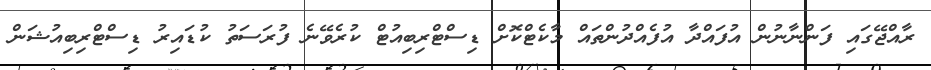
ރާއްޖޭގައި ފަންނާނުން އުފައްދާ އުފެއްދުންތައް މާކެޓްކޮށް ޑިސްޓްރިބިއުޓް ކުރެވޭނެ ފުރަސަތު ކުޑައިރު ޑިސްޓްރިބިއުޝަން